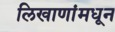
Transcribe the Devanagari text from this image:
लिखाणांमधून